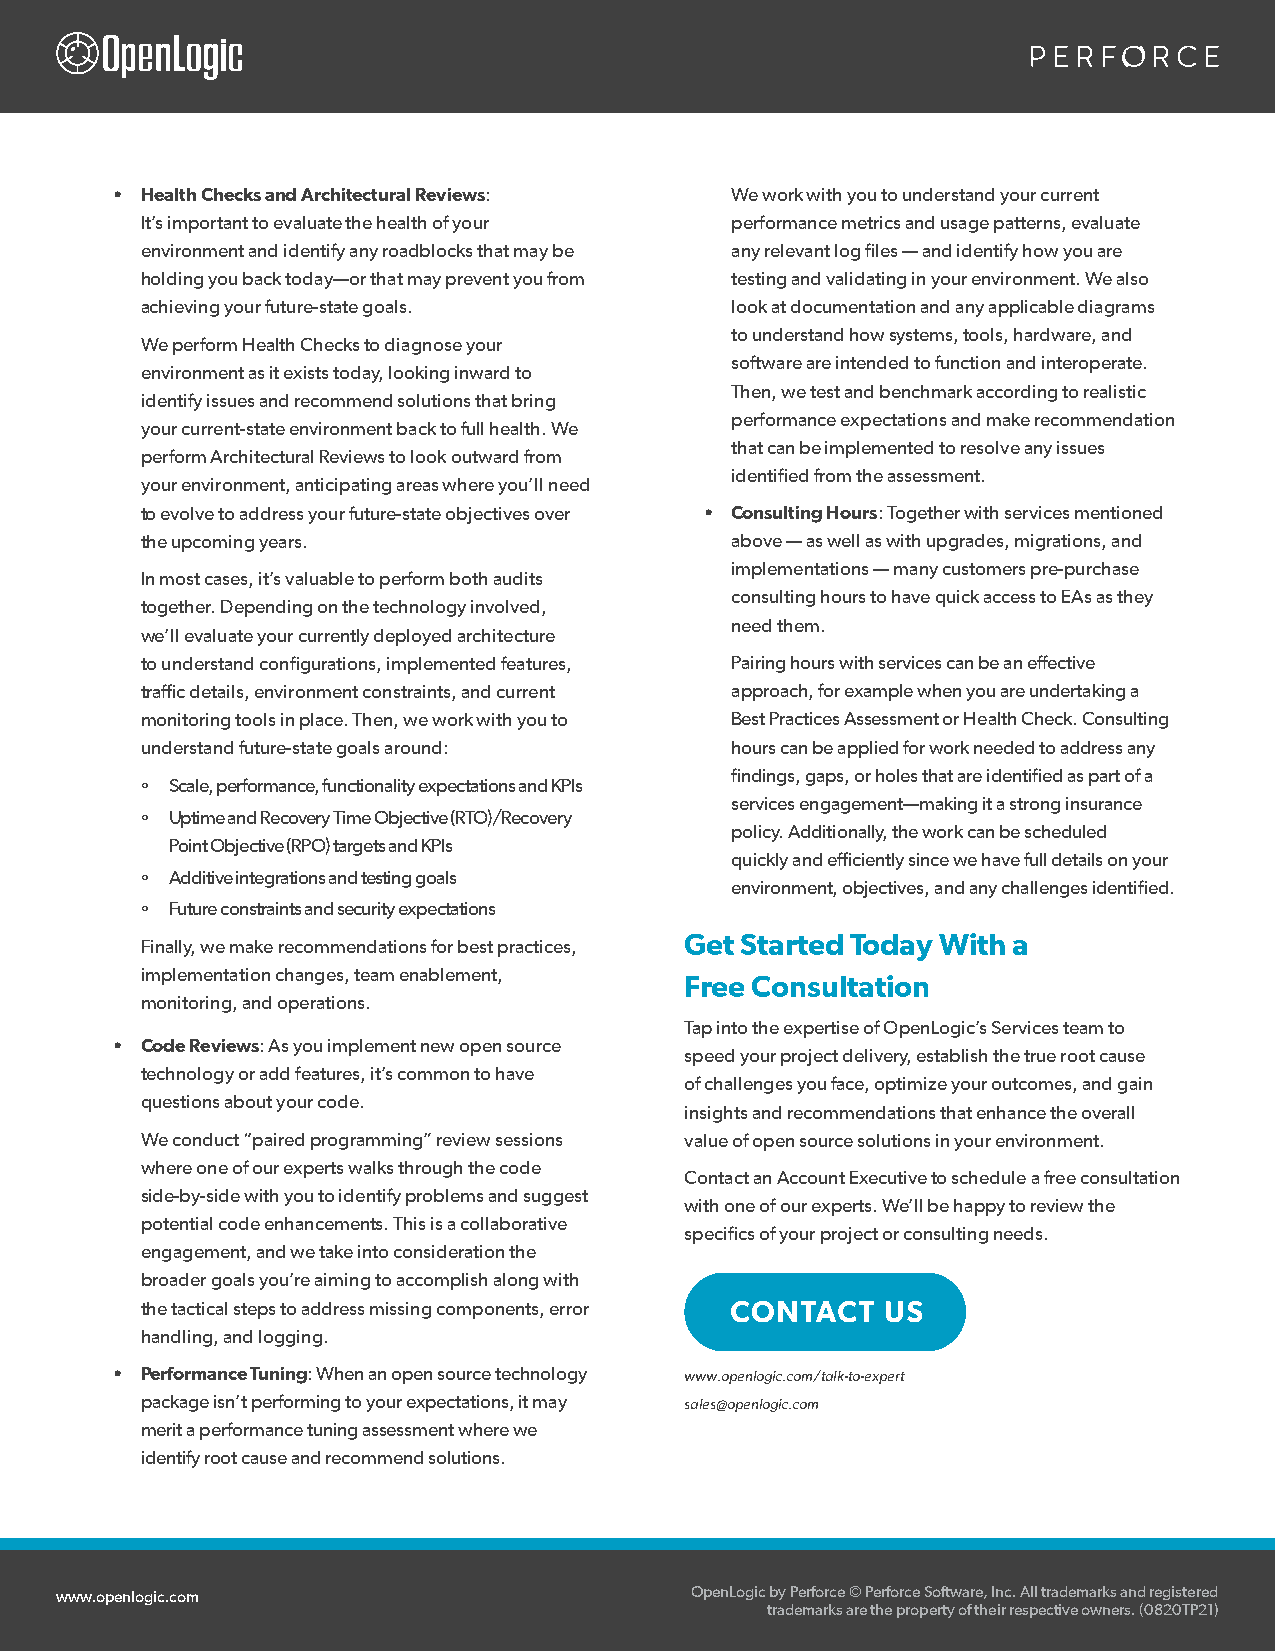
• Health Checks and Architectural Reviews: We work with you to understand your current
 It’s important to evaluate the health of your performance metrics and usage patterns, evaluate
 environment and identify any roadblocks that may be any relevant log files — and identify how you are
 holding you back today—or that may prevent you from testing and validating in your environment. We also
 achieving your future-state goals.     look at documentation and any applicable diagrams
 to understand how systems, tools, hardware, and
 We perform Health Checks to diagnose your
 software are intended to function and interoperate.
 environment as it exists today, looking inward to
 Then, we test and benchmark according to realistic
 identify issues and recommend solutions that bring
 performance expectations and make recommendation
 your current-state environment back to full health. We
 that can be implemented to resolve any issues
 perform Architectural Reviews to look outward from
 identified from the assessment.
 your environment, anticipating areas where you’ll need
 to evolve to address your future-state objectives over • Consulting Hours: Together with services mentioned
 the upcoming years.                    above — as well as with upgrades, migrations, and
 implementations — many customers pre-purchase
 In most cases, it’s valuable to perform both audits
 consulting hours to have quick access to EAs as they
 together. Depending on the technology involved,
 need them.
 we’ll evaluate your currently deployed architecture
 to understand configurations, implemented features, Pairing hours with services can be an effective
 traffic details, environment constraints, and current approach, for example when you are undertaking a
 monitoring tools in place. Then, we work with you to Best Practices Assessment or Health Check. Consulting
 understand future-state goals around:  hours can be applied for work needed to address any
 findings, gaps, or holes that are identified as part of a
 º Scale, performance, functionality expectations and KPIs
 services engagement—making it a strong insurance
 º Uptime and Recovery Time Objective (RTO)/Recovery
 policy. Additionally, the work can be scheduled
 Point Objective (RPO) targets and KPIs
 quickly and efficiently since we have full details on your
 º Additive integrations and testing goals
 environment, objectives, and any challenges identified.
 º Future constraints and security expectations
 Get Started Today With a
 Finally, we make recommendations for best practices,
 implementation changes, team enablement, Free Consultation
 monitoring, and operations.
 Tap into the expertise of OpenLogic’s Services team to
 • Code Reviews: As you implement new open source
 speed your project delivery, establish the true root cause
 technology or add features, it’s common to have
 of challenges you face, optimize your outcomes, and gain
 questions about your code.
 insights and recommendations that enhance the overall
 We conduct “paired programming” review sessions value of open source solutions in your environment.
 where one of our experts walks through the code
 Contact an Account Executive to schedule a free consultation
 side-by-side with you to identify problems and suggest
 with one of our experts. We’ll be happy to review the
 potential code enhancements. This is a collaborative
 specifics of your project or consulting needs.
 engagement, and we take into consideration the
 broader goals you’re aiming to accomplish along with
 the tactical steps to address missing components, error
 handling, and logging.
 • Performance Tuning: When an open source technology www.openlogic.com/talk-to-expert
 package isn’t performing to your expectations, it may sales@openlogic.com
 merit a performance tuning assessment where we
 identify root cause and recommend solutions.
 www.openlogic.com                         OpenLogic by Perforce © Perforce Software, Inc. All trademarks and registered
 trademarks are the property of their respective owners. (0820TP21)